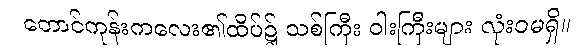
တောင်ကုန်းကလေး၏ထိပ်၌ သစ်ကြီး ဝါးကြီးများ လုံးဝမရှိ။